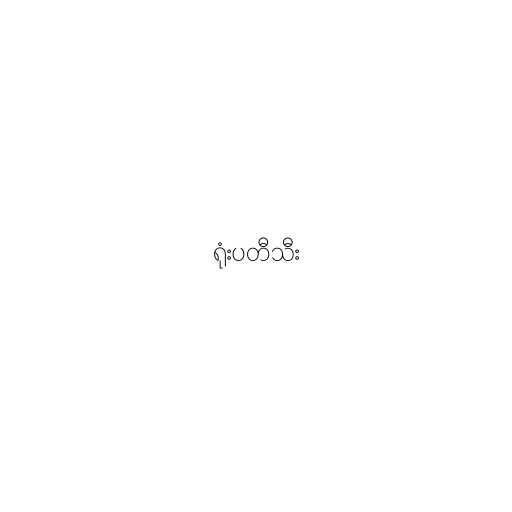
ရုံးပတီသီး